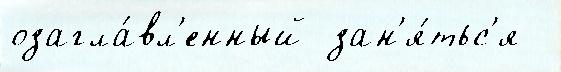
озагла́вл'енный зан'я́тьс'я